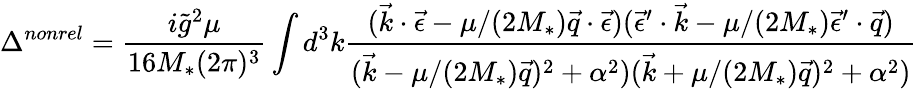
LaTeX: \Delta^{nonrel}=\frac{i\tilde{g}^{2}\mu}{16M_{*}(2\pi)^{3}}\int d^{3}k\frac{(\vec{k}\cdot\vec{\epsilon}-\mu/(2M_{*})\vec{q}\cdot\vec{\epsilon})(\vec{\epsilon}^{\prime}\cdot\vec{k}-\mu/(2M_{*})\vec{\epsilon}^{\prime}\cdot\vec{q})}{(\vec{k}-\mu/(2M_{*})\vec{q})^{2}+\alpha^{2})(\vec{k}+\mu/(2M_{*})\vec{q})^{2}+\alpha^{2})}